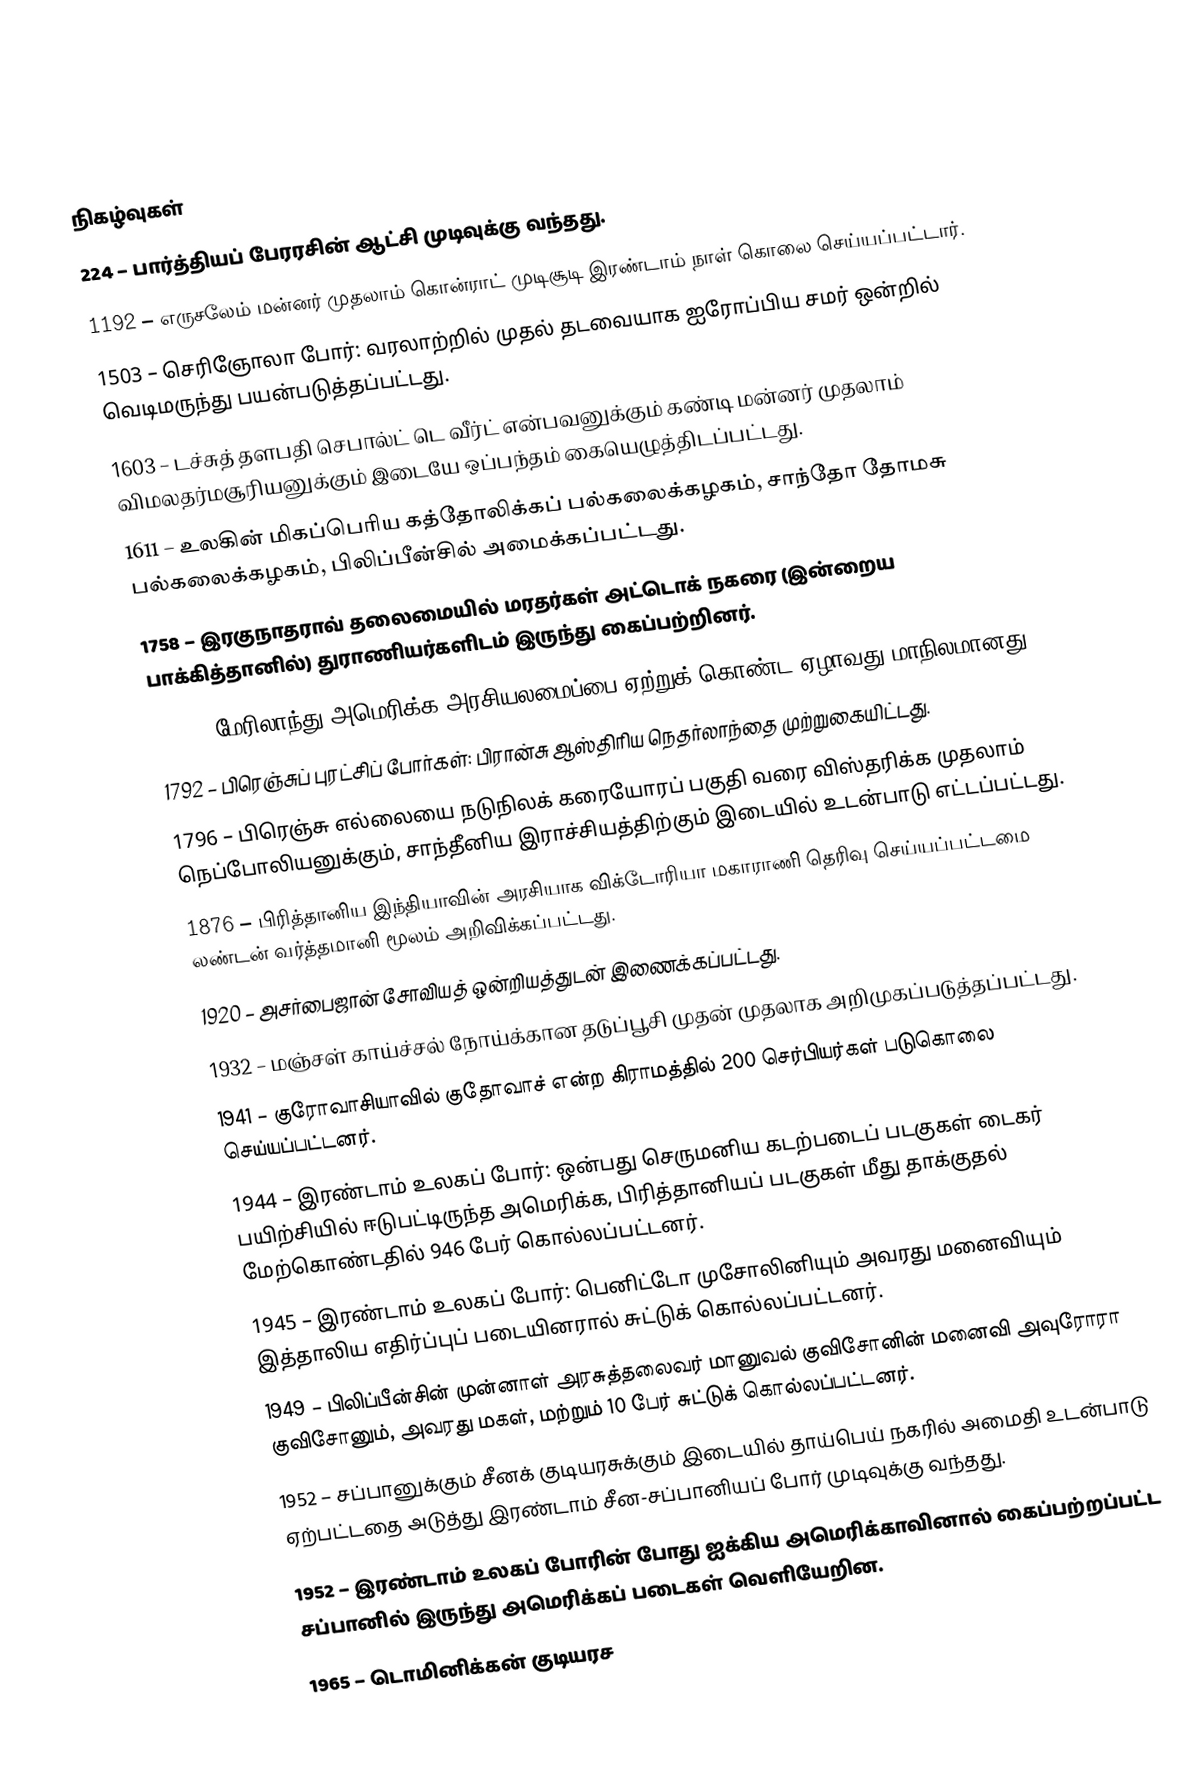

நிகழ்வுகள்
224 – பார்த்தியப் பேரரசின் ஆட்சி முடிவுக்கு வந்தது.
1192 – எருசலேம் மன்னர் முதலாம் கொன்ராட் முடிசூடி இரண்டாம் நாள் கொலை செய்யப்பட்டார்.
1503 – செரிஞோலா போர்: வரலாற்றில் முதல் தடவையாக ஐரோப்பிய சமர் ஒன்றில் வெடிமருந்து பயன்படுத்தப்பட்டது.
1603 – டச்சுத் தளபதி செபால்ட் டெ வீர்ட் என்பவனுக்கும் கண்டி மன்னர் முதலாம் விமலதர்மசூரியனுக்கும் இடையே ஒப்பந்தம் கையெழுத்திடப்பட்டது.
1611 – உலகின் மிகப்பெரிய கத்தோலிக்கப் பல்கலைக்கழகம், சாந்தோ தோமசு பல்கலைக்கழகம், பிலிப்பீன்சில் அமைக்கப்பட்டது.
1758 – இரகுநாதராவ் தலைமையில் மரதர்கள் அட்டொக் நகரை (இன்றைய பாக்கித்தானில்) துராணியர்களிடம் இருந்து கைப்பற்றினர்.
1788 – மேரிலாந்து அமெரிக்க அரசியலமைப்பை ஏற்றுக் கொண்ட ஏழாவது மாநிலமானது.
1792 – பிரெஞ்சுப் புரட்சிப் போர்கள்: பிரான்சு ஆஸ்திரிய நெதர்லாந்தை முற்றுகையிட்டது.
1796 – பிரெஞ்சு எல்லையை நடுநிலக் கரையோரப் பகுதி வரை விஸ்தரிக்க முதலாம் நெப்போலியனுக்கும், சாந்தீனிய இராச்சியத்திற்கும் இடையில் உடன்பாடு எட்டப்பட்டது.
1876 – பிரித்தானிய இந்தியாவின் அரசியாக விக்டோரியா மகாராணி தெரிவு செய்யப்பட்டமை லண்டன் வர்த்தமானி மூலம் அறிவிக்கப்பட்டது.
1920 – அசர்பைஜான் சோவியத் ஒன்றியத்துடன் இணைக்கப்பட்டது.
1932 – மஞ்சள் காய்ச்சல் நோய்க்கான தடுப்பூசி முதன் முதலாக அறிமுகப்படுத்தப்பட்டது.
1941 – குரோவாசியாவில் குதோவாச் என்ற கிராமத்தில் 200 செர்பியர்கள் படுகொலை செய்யப்பட்டனர்.
1944 – இரண்டாம் உலகப் போர்: ஒன்பது செருமனிய கடற்படைப் படகுகள் டைகர் பயிற்சியில் ஈடுபட்டிருந்த அமெரிக்க, பிரித்தானியப் படகுகள் மீது தாக்குதல் மேற்கொண்டதில் 946 பேர் கொல்லப்பட்டனர்.
1945 – இரண்டாம் உலகப் போர்: பெனிட்டோ முசோலினியும் அவரது மனைவியும் இத்தாலிய எதிர்ப்புப் படையினரால் சுட்டுக் கொல்லப்பட்டனர்.
1949 – பிலிப்பீன்சின் முன்னாள் அரசுத்தலைவர் மானுவல் குவிசோனின் மனைவி அவுரோரா குவிசோனும், அவரது மகள், மற்றும் 10 பேர் சுட்டுக் கொல்லப்பட்டனர்.
1952 – சப்பானுக்கும் சீனக் குடியரசுக்கும் இடையில் தாய்பெய் நகரில் அமைதி உடன்பாடு ஏற்பட்டதை அடுத்து இரண்டாம் சீன-சப்பானியப் போர் முடிவுக்கு வந்தது.
1952 – இரண்டாம் உலகப் போரின் போது ஐக்கிய அமெரிக்காவினால் கைப்பற்றப்பட்ட சப்பானில் இருந்து அமெரிக்கப் படைகள் வெளியேறின.
1965 – டொமினிக்கன் குடியரச